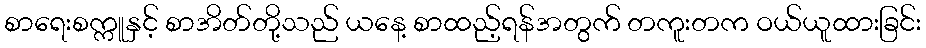
စာရေးစက္ကူနှင့် စာအိတ်တို့သည် ယနေ့ စာထည့်ရန်အတွက် တကူးတက ဝယ်ယူထားခြင်း